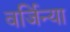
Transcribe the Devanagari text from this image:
वर्जिन्या